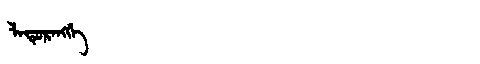
Manchu: ᠯᠠᡨᡠᡵᠠᠩᡤᡝ
Romanization: LATURANGGE